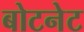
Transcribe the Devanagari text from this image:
बोटनेट